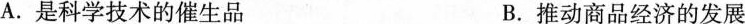
A. 是科学技术的催生品 B. 推动商品经济的发展